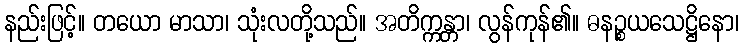
နည်းဖြင့်။ တယော မာသာ၊ သုံးလတို့သည်။ အတိက္ကန္တာ၊ လွန်ကုန်၏။ ဓနဉ္စယသေဋ္ဌိနော၊